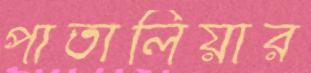
পাতালিয়ার